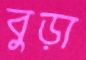
বুড়া